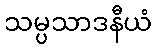
သမ္ပသာဒနီယံ